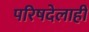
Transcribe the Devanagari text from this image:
परिषदेलाही